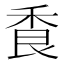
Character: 𦫌